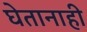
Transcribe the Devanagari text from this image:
घेतानाही